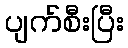
ပျက်စီးပြီး